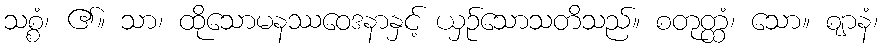
သစ္စံ၊ ၏။ သာ၊ ထိုသောမနဿဝေဒနာနှင့် ယှဉ်သောသတိသည်။ စတုတ္ထံ၊ သော။ ဈာနံ၊